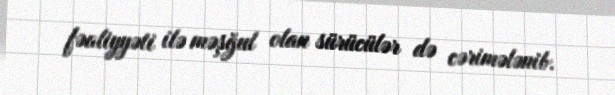
fəaliyyəti ilə məşğul olan sürücülər də cərimələnib.